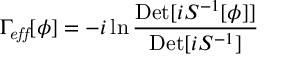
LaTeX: \Gamma _ { \mathit { e f f } } [ \phi ] = - i \ln { \frac { { \mathrm { D e t } } [ i { S } ^ { - 1 } [ \phi ] ] } { { \mathrm { D e t } } [ i S ^ { - 1 } ] } }